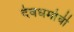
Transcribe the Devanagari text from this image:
देवधर्माची